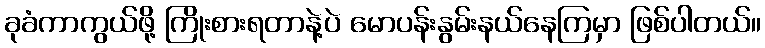
ခုခံကာကွယ်ဖို့ ကြိုးစားရတာနဲ့ပဲ မောပန်းနွမ်းနယ်နေကြမှာ ဖြစ်ပါတယ်။